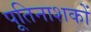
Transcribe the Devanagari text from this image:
पूतिनाशकों